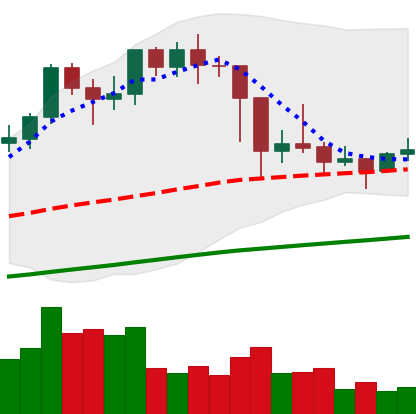
Ticker: LTC-USD
Chart end date: 2021-03-02
Forward return: 7.245%
Label: up_7plus